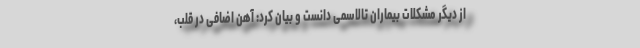
از دیگر مشکلات بیماران تالاسمی دانست و بیان کرد: آهن اضافی در قلب،